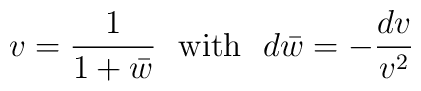
v={1\over 1+{\bar w}}~~{\rm with}~~d{\bar w}=-{dv\over v^2}